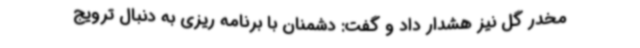
مخدر گل نیز هشدار داد و گفت: دشمنان با برنامه ریزی به دنبال ترویج